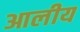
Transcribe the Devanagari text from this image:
आलीय